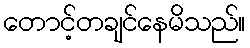
တောင့်တချင်နေမိသည်။